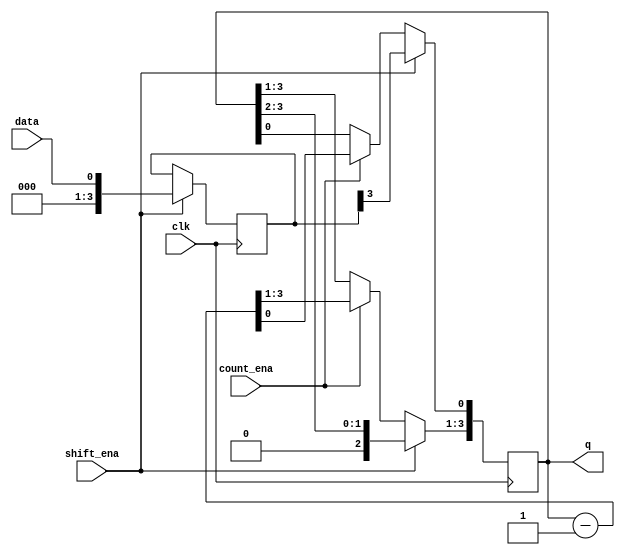
module top_module (
    input clk,
    input shift_ena,
    input count_ena,
    input data,
    output [3:0] q);

    reg [3:0] q;
    reg [3:0] d;

    always @(posedge clk) begin
        if (shift_ena) begin
            d <= data;
            q <= q >> 1;
            q[0] <= d[3];
        end else if (count_ena) begin
            q <= q - 1;
        end
    end

endmodule